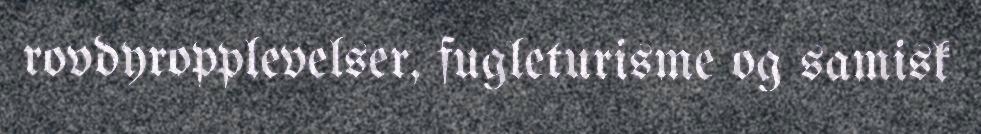
rovdyropplevelser, fugleturisme og samisk